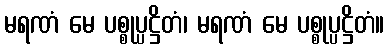
မရဏံ မေ ပစ္စုပ္ပဋ္ဌိတံ၊ မရဏံ မေ ပစ္စုပ္ပဋ္ဌိတံ။